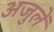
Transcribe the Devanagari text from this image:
अजुलें